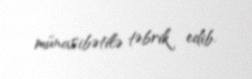
münasibətilə təbrik edib.